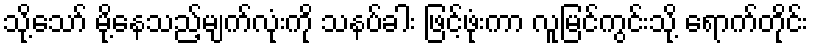
သို့သော် မို့နေသည့်မျက်လုံးကို သနပ်ခါး ဖြင့်ဖုံးကာ လူမြင်ကွင်းသို့ ရောက်တိုင်း